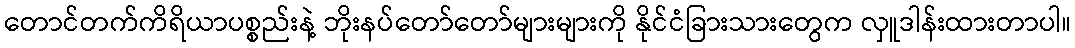
တောင်တက်ကိရိယာပစ္စည်းနဲ့ ဘိုးနပ်တော်တော်များများကို နိုင်ငံခြားသားတွေက လှူဒါန်းထားတာပါ။